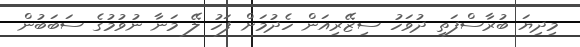
މިދިޔަ ބުރާސްފަތި ދުވަހު ސިޒޭރިއަން ހެދުމަށް ފަހު ލޭ މަނާ ނުވުމުގެ ސަބަބުން